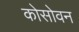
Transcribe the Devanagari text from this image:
कोसोवन